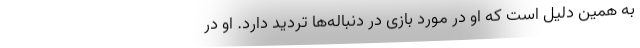
به همین دلیل است که او در مورد بازی در دنباله‌ها تردید دارد. او در